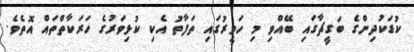
ކުޑަކުދިންގެ ބަގީޗާގައި ބޭއްވި މި ހަވީރުގައި ތަފާތު އެކި ކުޅިވަރުގެ ހަރަކާތްތައް އޮތެވެ.